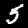
Digit: 5